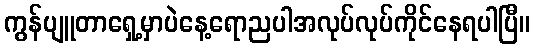
ကွန်ပျူတာရှေ့မှာပဲနေ့ရောညပါအလုပ်လုပ်ကိုင်နေရပါပြီ။